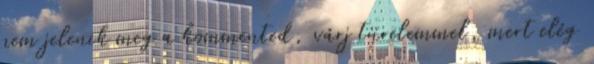
nem jelenik meg a kommented, várj türelemmel, mert elég